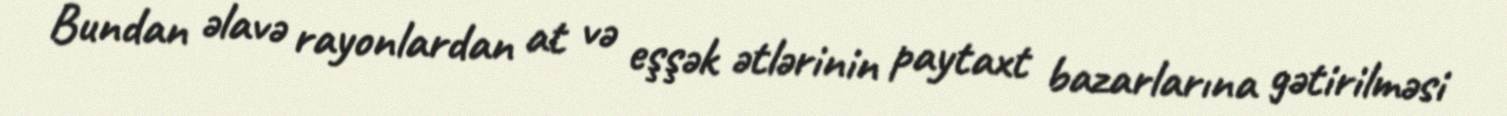
Bundan əlavə rayonlardan at və eşşək ətlərinin paytaxt bazarlarına gətirilməsi